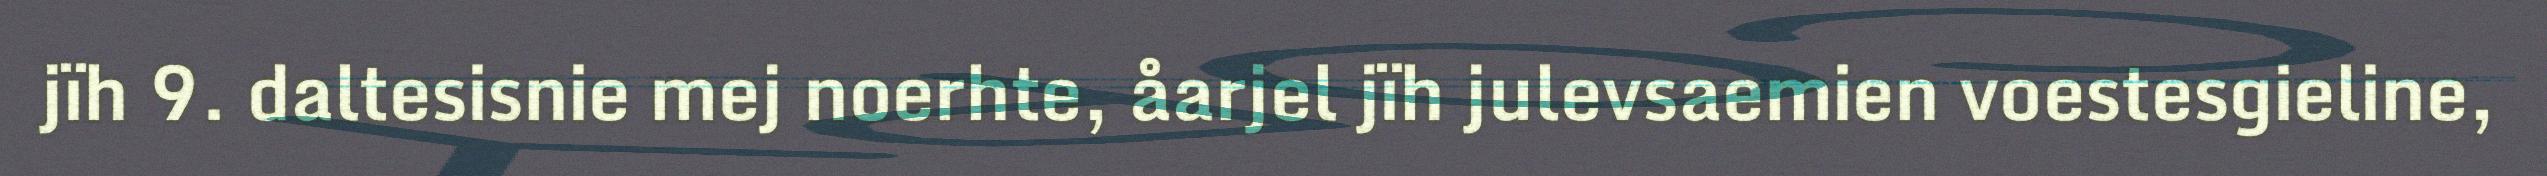
jïh 9. daltesisnie mej noerhte, åarjel jïh julevsaemien voestesgieline,